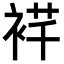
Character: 𬡙